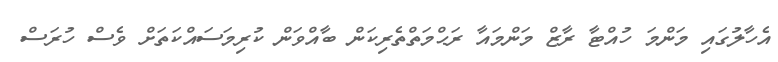
އެހާލުގައި މަންމަ ހުއްޓާ ރާޒް މަންމައާ ރަޙްމަތްތެރިކަން ބާއްވަން ކުރިމަސައްކަތަށް ވެސް ހުރަސް